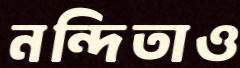
নন্দিতাও